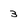
Character: 3